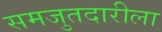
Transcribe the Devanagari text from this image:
समजुतदारीला